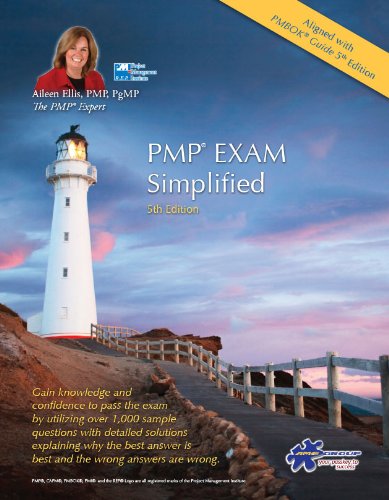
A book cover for PMP EXAM Simplified-5th Edition- (PMP Exam Prep 2013 and CAPM Exam Prep 2013 Series) Aligned to PMBOK Guide 5th Edition; Aileen Ellis; Test Preparation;